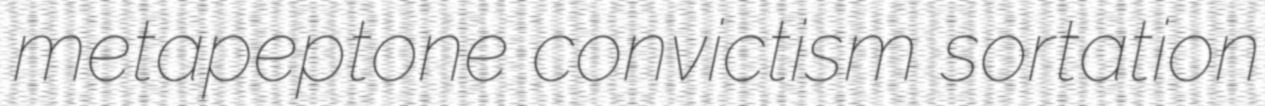
metapeptone convictism sortation